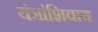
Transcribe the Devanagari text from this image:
यंत्रांशिवाय